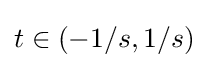
t\in (-1/s,1/s)